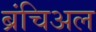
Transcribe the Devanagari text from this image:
ब्रंचिअल